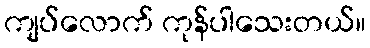
ကျပ်လောက် ကုန်ပါသေးတယ်။